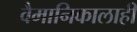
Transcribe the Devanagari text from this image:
वैमानिकालाही